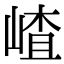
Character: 嵖